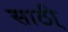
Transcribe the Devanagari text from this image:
साठी्